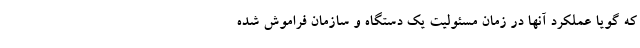
که گویا عملکرد آنها در زمان مسئولیت یک دستگاه و سازمان فراموش شده